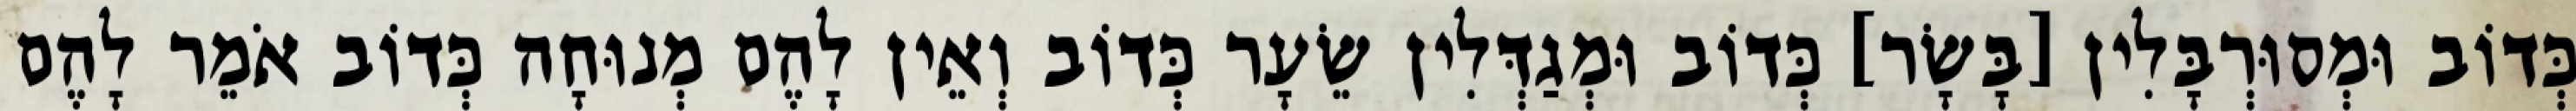
כְּדוֹב וּמְסוּרְבָּלִין [בָּשָׂר] כְּדוֹב וּמְגַדְּלִין שֵׂעָר כְּדוֹב וְאֵין לָהֶם מְנוּחָה כְּדוֹב אֹמֵר לָהֶם